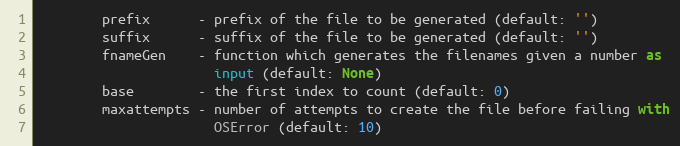
Language: Python
        prefix      - prefix of the file to be generated (default: '')
        suffix      - suffix of the file to be generated (default: '')
        fnameGen    - function which generates the filenames given a number as
                      input (default: None)
        base        - the first index to count (default: 0)
        maxattempts - number of attempts to create the file before failing with
                      OSError (default: 10)